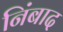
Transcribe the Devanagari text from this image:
निंबाद